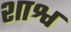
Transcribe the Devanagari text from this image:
शाश्व